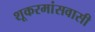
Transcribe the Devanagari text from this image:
शूकरमांसवासी